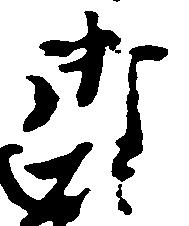
御